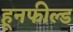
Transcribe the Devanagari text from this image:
हूनफील्ड